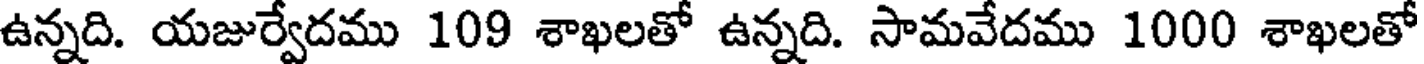
ఉన్నది. యజుర్వేదము 109 శాఖలతో ఉన్నది. సామవేదము 1000 శాఖలతో